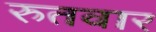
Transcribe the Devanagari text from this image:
रुतवार